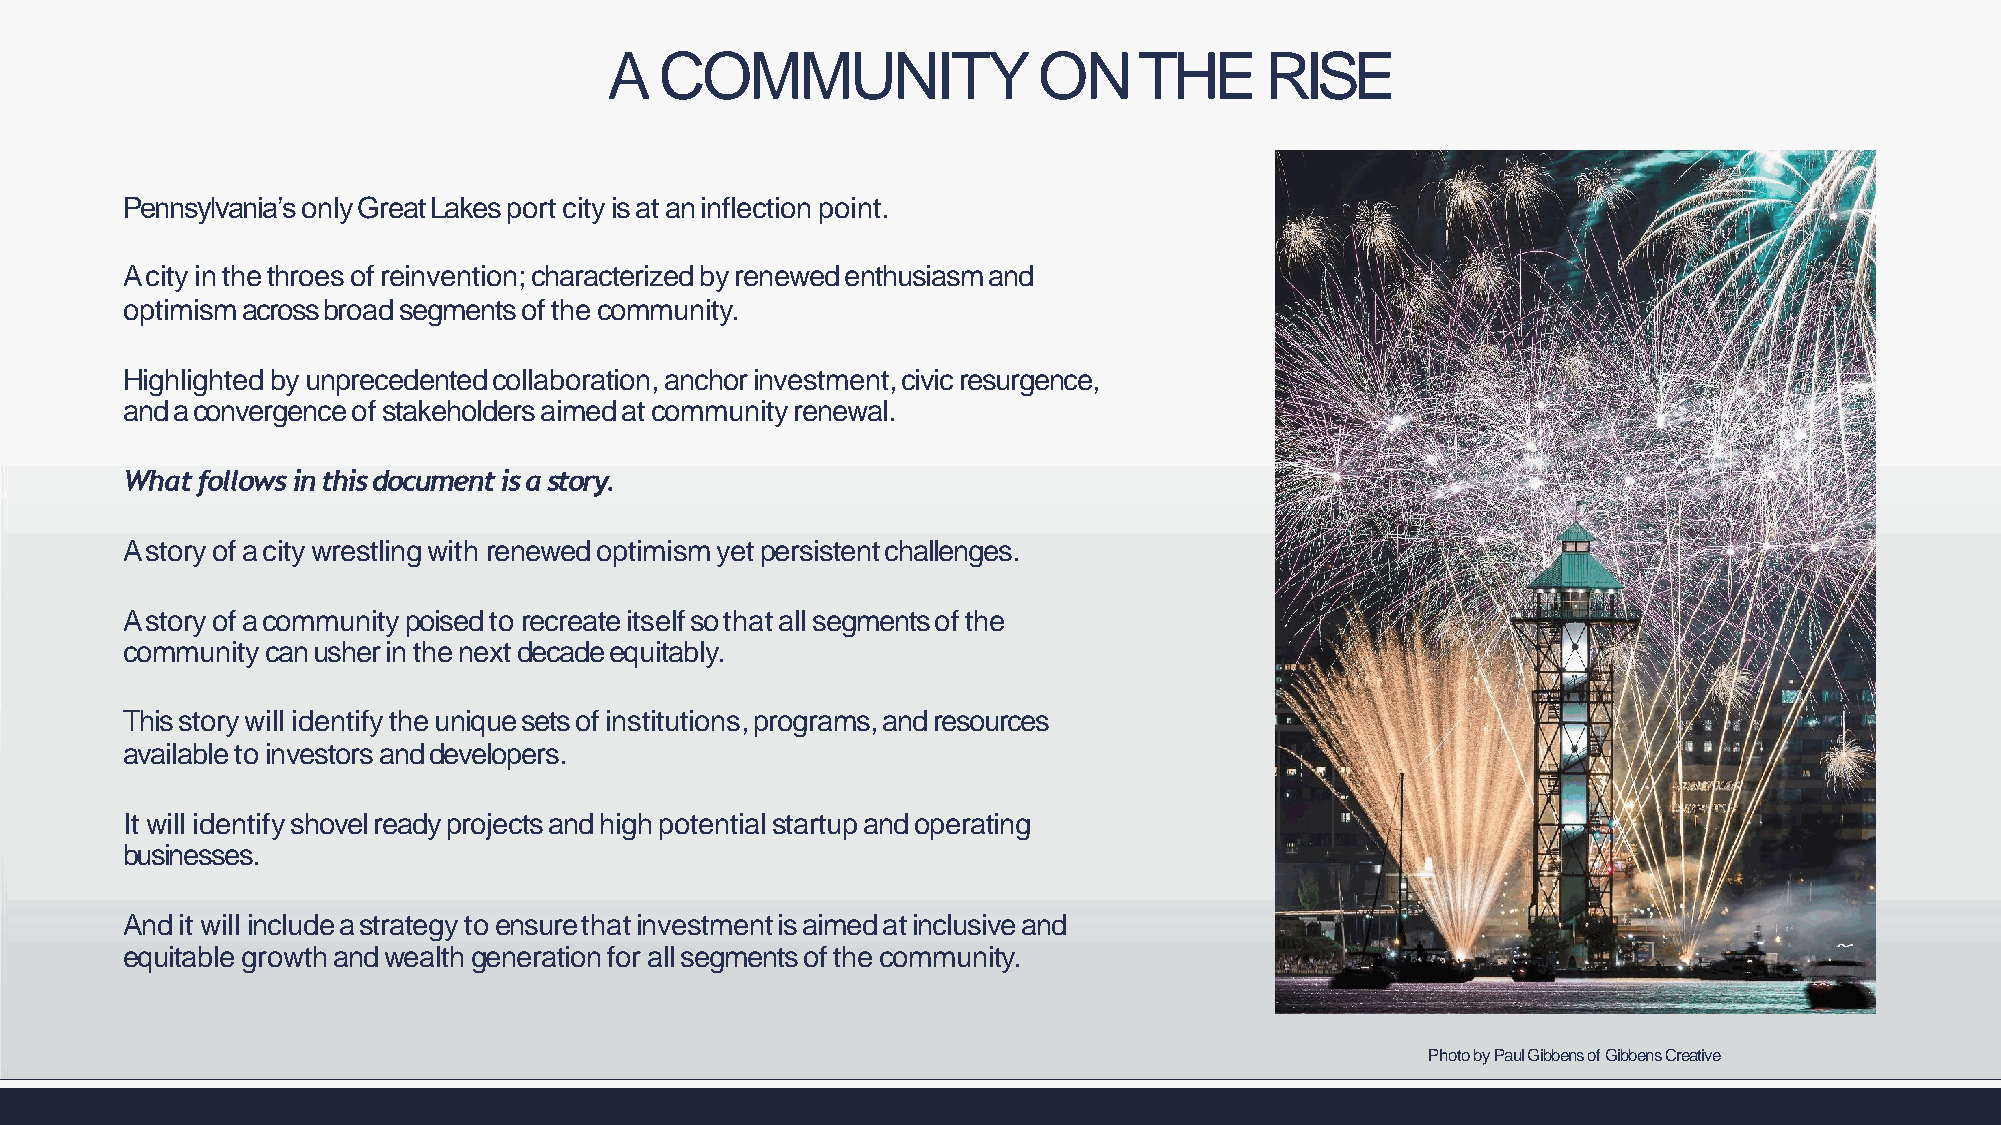
A   COMMUNITY                ONTHE          RISE
 Pennsylvania’sonlyGreatLakesportcityisataninflectionpoint.
 Acityinthethroesofreinvention;characterizedbyrenewedenthusiasmand
 optimismacrossbroadsegmentsofthecommunity.
 Highlightedbyunprecedentedcollaboration,anchorinvestment,civicresurgence,
 andaconvergenceofstakeholdersaimedatcommunityrenewal.
 Whatfollowsinthisdocumentisastory.
 Astoryofacitywrestlingwith renewedoptimismyetpersistentchallenges.
 Astoryofacommunitypoisedtorecreateitselfsothatallsegmentsof the
 communitycanusherinthenextdecadeequitably.
 Thisstorywill identifytheuniquesetsofinstitutions,programs,andresources
 availabletoinvestorsanddevelopers.
 Itwill identifyshovelreadyprojectsandhighpotentialstartupandoperating
 businesses.
 Andit will includeastrategytoensurethatinvestmentisaimedatinclusiveand
 equitablegrowthandwealthgenerationfor allsegmentsofthecommunity.
 PhotobyPaulGibbensofGibbensCreative